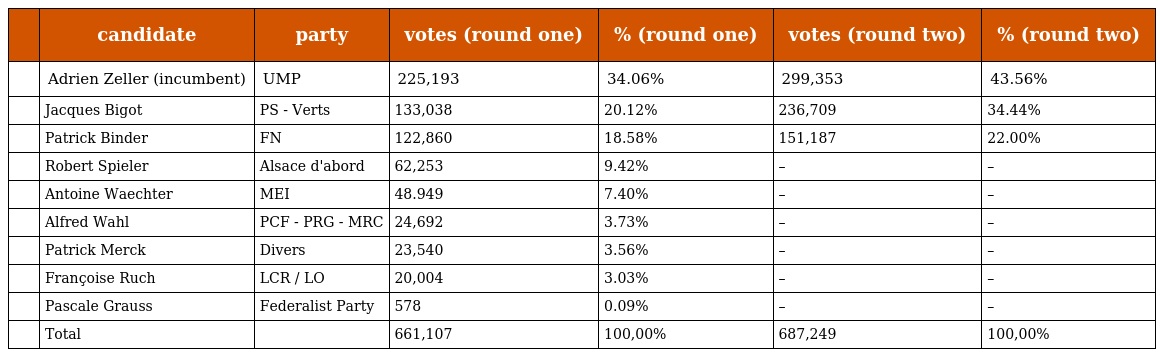
|  | candidate | party | votes (round one) | % (round one) | votes (round two) | % (round two) |
 | --- | --- | --- | --- | --- | --- | --- |
 |  | Adrien Zeller (incumbent) | UMP | 225,193 | 34.06% | 299,353 | 43.56% |
 |  | Jacques Bigot | PS - Verts | 133,038 | 20.12% | 236,709 | 34.44% |
 |  | Patrick Binder | FN | 122,860 | 18.58% | 151,187 | 22.00% |
 |  | Robert Spieler | Alsace d'abord | 62,253 | 9.42% | – | – |
 |  | Antoine Waechter | MEI | 48.949 | 7.40% | – | – |
 |  | Alfred Wahl | PCF - PRG - MRC | 24,692 | 3.73% | – | – |
 |  | Patrick Merck | Divers | 23,540 | 3.56% | – | – |
 |  | Françoise Ruch | LCR / LO | 20,004 | 3.03% | – | – |
 |  | Pascale Grauss | Federalist Party | 578 | 0.09% | – | – |
 |  | Total |  | 661,107 | 100,00% | 687,249 | 100,00% |